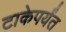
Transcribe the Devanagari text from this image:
टाकेपर्यंत